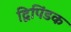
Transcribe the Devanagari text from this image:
द्विपिंडक